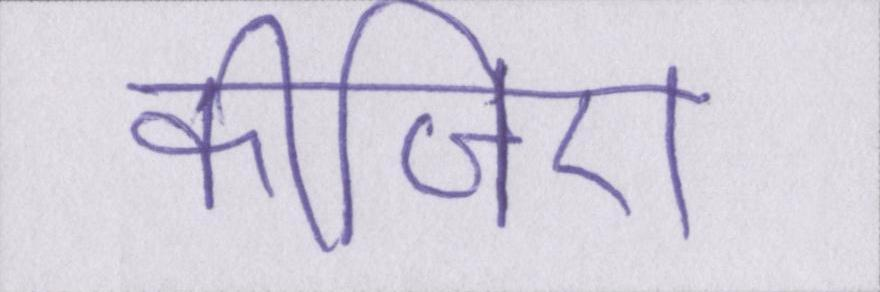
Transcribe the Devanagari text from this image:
कीजिए।